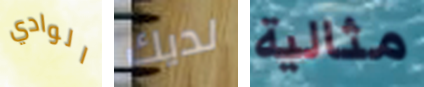
الوادي لديك مثالية